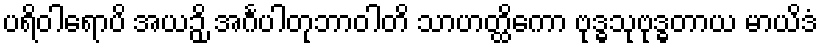
ပရိဝါရောပိ အယဉှိ အင်္ဂပါတုဘာဝါတိ သာဟတ္ထိကော ဗုဒ္ဓသုဗုဒ္ဓတာယ မာယိဒံ